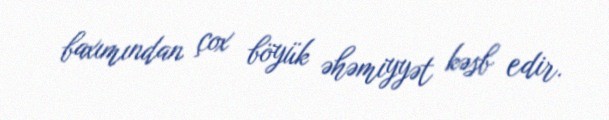
baxımından çox böyük əhəmiyyət kəsb edir.